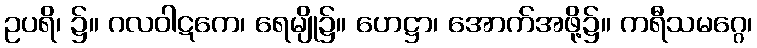
ဥပရိ၊ ၌။ ဂလဝါဋကေ၊ ရေမျို၌။ ဟေဋ္ဌာ၊ အောက်အဖို့၌။ ကရီသမဂ္ဂေ၊